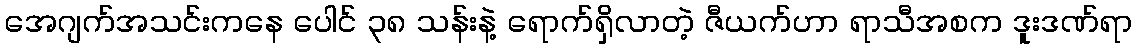
အေဂျက်အသင်းကနေ ပေါင် ၃၈ သန်းနဲ့ ရောက်ရှိလာတဲ့ ဇီယက်ဟာ ရာသီအစက ဒူးဒဏ်ရာ